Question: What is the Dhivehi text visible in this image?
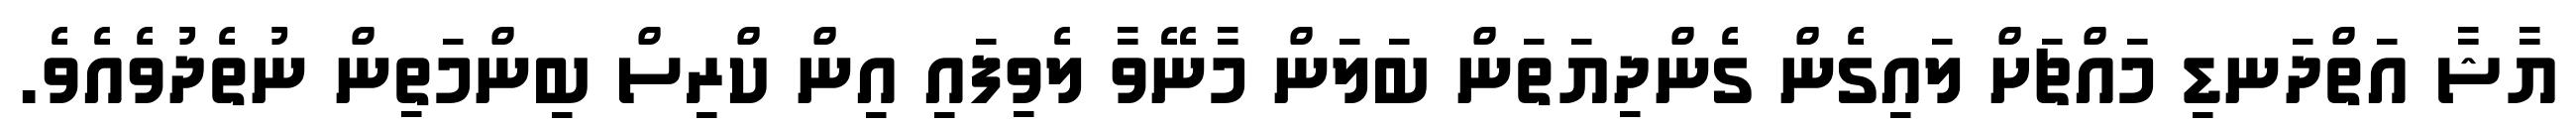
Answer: ޔާޝާ އަތްދަނޑި މައްޗަށް ލައިގެން ގެންދިޔަތަން ބަލަން މާނޭވާ ލެވިފައި އިން ކްރިސް ބިންމަތިން ނުތެދުވެއެވެ.